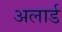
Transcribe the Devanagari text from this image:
अलार्ड